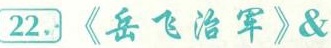
22.《岳飞治军》&